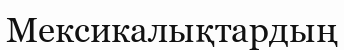
Мексикалықтардың